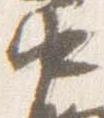
中